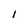
Character: I